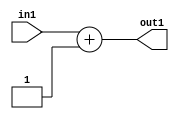
`timescale 1ps / 1ps
/*****************************************************************************
    Verilog RTL Description
    
    
    Created by: Stratus DpOpt 2019.1.01 
*******************************************************************************/

module st_weight_addr_gen_Add2i1u16_4_8 (
	in1,
	out1
	); /* architecture "behavioural" */ 
input [15:0] in1;
output [15:0] out1;
wire [15:0] asc001;

assign asc001 = 
	+(in1)
	+(16'B0000000000000001);

assign out1 = asc001;
endmodule

/* CADENCE  ubHxSQs= : u9/ySgnWtBlWxVPRXgAZ4Og= ** DO NOT EDIT THIS LINE ******/